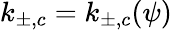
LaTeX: k_{\pm,c}=k_{\pm,c}(\psi)